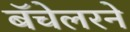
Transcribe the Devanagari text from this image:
बॅचेलरने